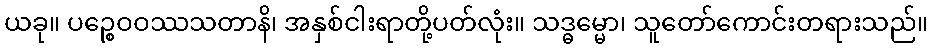
ယခု။ ပဉ္စေဝဝဿသတာနိ၊ အနှစ်ငါးရာတို့ပတ်လုံး။ သဒ္ဓမ္မော၊ သူတော်ကောင်းတရားသည်။